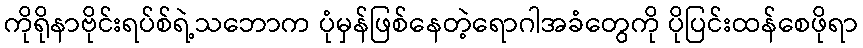
ကိုရိုနာဗိုင်းရပ်စ်ရဲ့သဘောက ပုံမှန်ဖြစ်နေတဲ့ရောဂါအခံတွေကို ပိုပြင်းထန်စေဖိုရာ